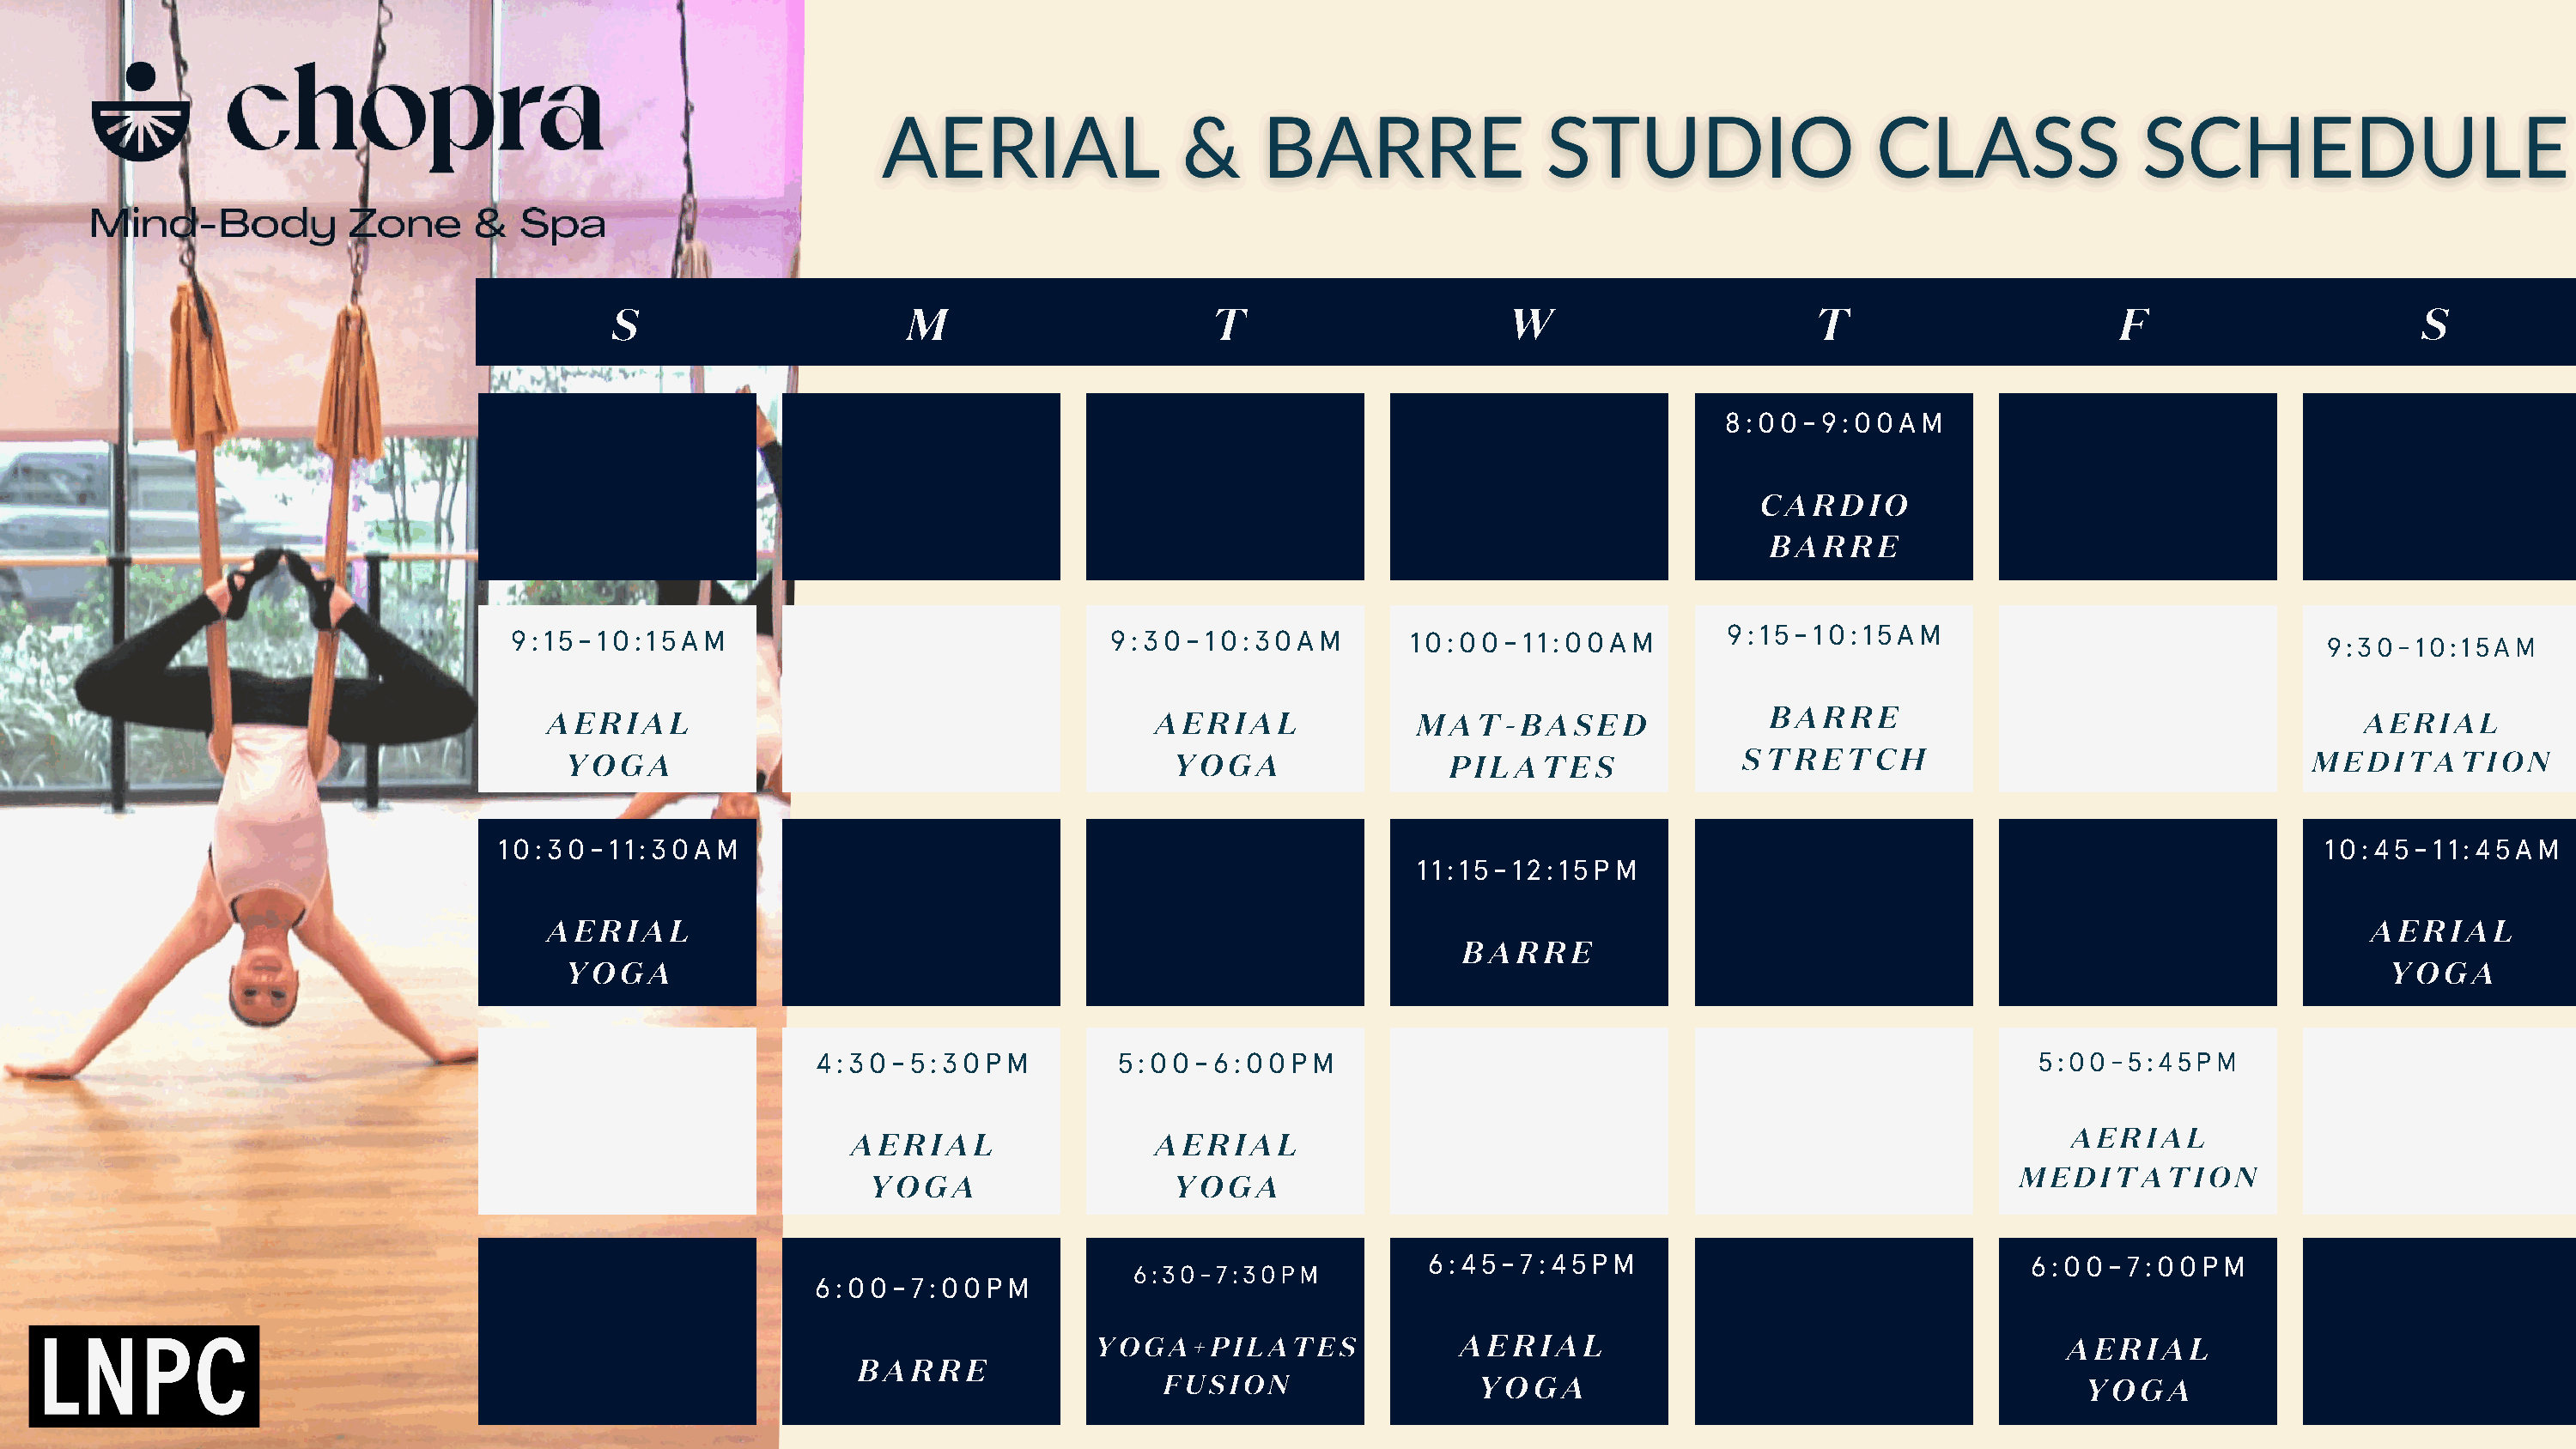
S                      M                      T                      W                       T                      F                       S
 8:00-9:00AM
 C A R D I O
 B A  R R E
 9:15-10:15AM
 9:15-10:15AM                                   9:30-10:30AM           10:00-11:00AM
 9:30-10:15AM
 B A  R R E
 A E R I A L                                    A E R I A L         M  A T - B A S E D                                                       AERIAL
 Y O G A                                       Y O  G A              P I L A T E S         S T R E T  C H                              MEDITATION
 10:30-11:30AM                                                                                                                                10:45-11:45AM
 11:15-12:15PM
 A E R I A L                                                                                                                                  A E R I A L
 B A R R E
 Y O G A                                                                                                                                     Y O G  A
 4:30-5:30PM            5:00-6:00PM                                                            5:00-5:45PM
 AERIAL
 A E R I A L            A E R I A L
 MEDITATION
 Y O G A                Y O  G A
 6:45-7:45PM                                    6:00-7:00PM
 6:30-7:30PM
 6:00-7:00PM
 YOGA+PILATES                A E R I A L                                   A E R  I A L
 B A R R E
 FUSION                  Y O G A                                        Y O G A